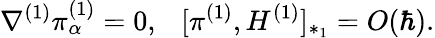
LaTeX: \nabla^{(1)}\pi_{\alpha}^{(1)}=0,~~~[\pi^{(1)},H^{(1)}]_{*_{1}}=O(\hbar).